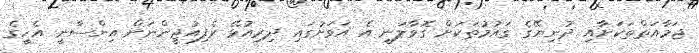
ޖަމާއަތްތަކަށާއި ދުނިޔޭގެ ގައުމުތަކަށް ގޮވާލަނީ އެ އަވަށުގައި ދިރިއުޅޭ ރެފިއުޖީންނަށް އިންސާނީ އެހީގެ